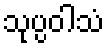
သုပ္ပဝါသံ